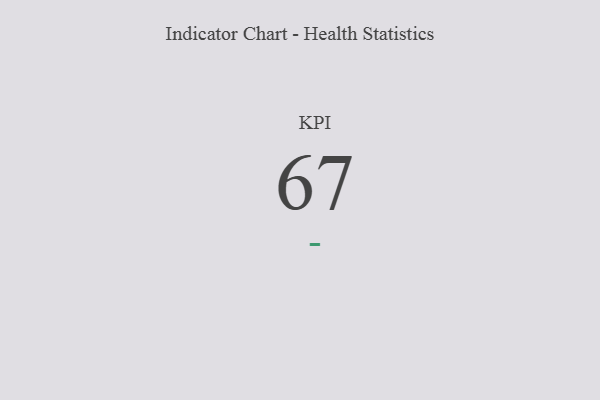
{"axis": {"x": "KPI", "y": "Value"}, "legend": [""], "data": [{"x": "KPI", "y": 67, "type": ""}]}